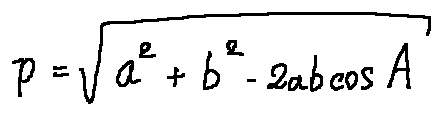
p = \sqrt { a ^ { 2 } + b ^ { 2 } - 2 a b \cos A }